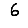
Digit: 6